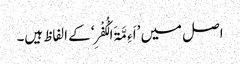
اصل میں ’اَءِمَّۃَ الْکُفْرِ‘ کے الفاظ ہیں۔